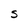
Character: S